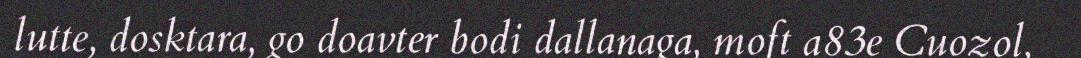
lutte, dosktara, go doavter bodi dallanaga, moft a83e Cuozol,